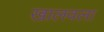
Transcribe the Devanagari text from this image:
खालवला